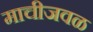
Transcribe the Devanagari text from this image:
माचीजवळ